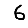
Digit: 6